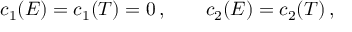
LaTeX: c _ { 1 } ( E ) = c _ { 1 } ( T ) = 0 \, , \qquad c _ { 2 } ( E ) = c _ { 2 } ( T ) \, ,